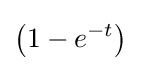
\left(1-e^{-t}\right)